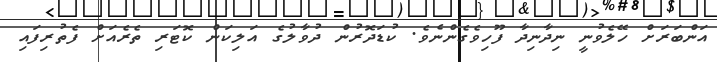
އަންބަރަށް ހޭލެވުނީ ނިދާނިދާ ފޫހިވެގެންނެވެ. ކުޑަދޮރުން ދުވާލުގެ އަލިކަން ކޮޓަރި ތެރެއަށް ފެތުރިފައި